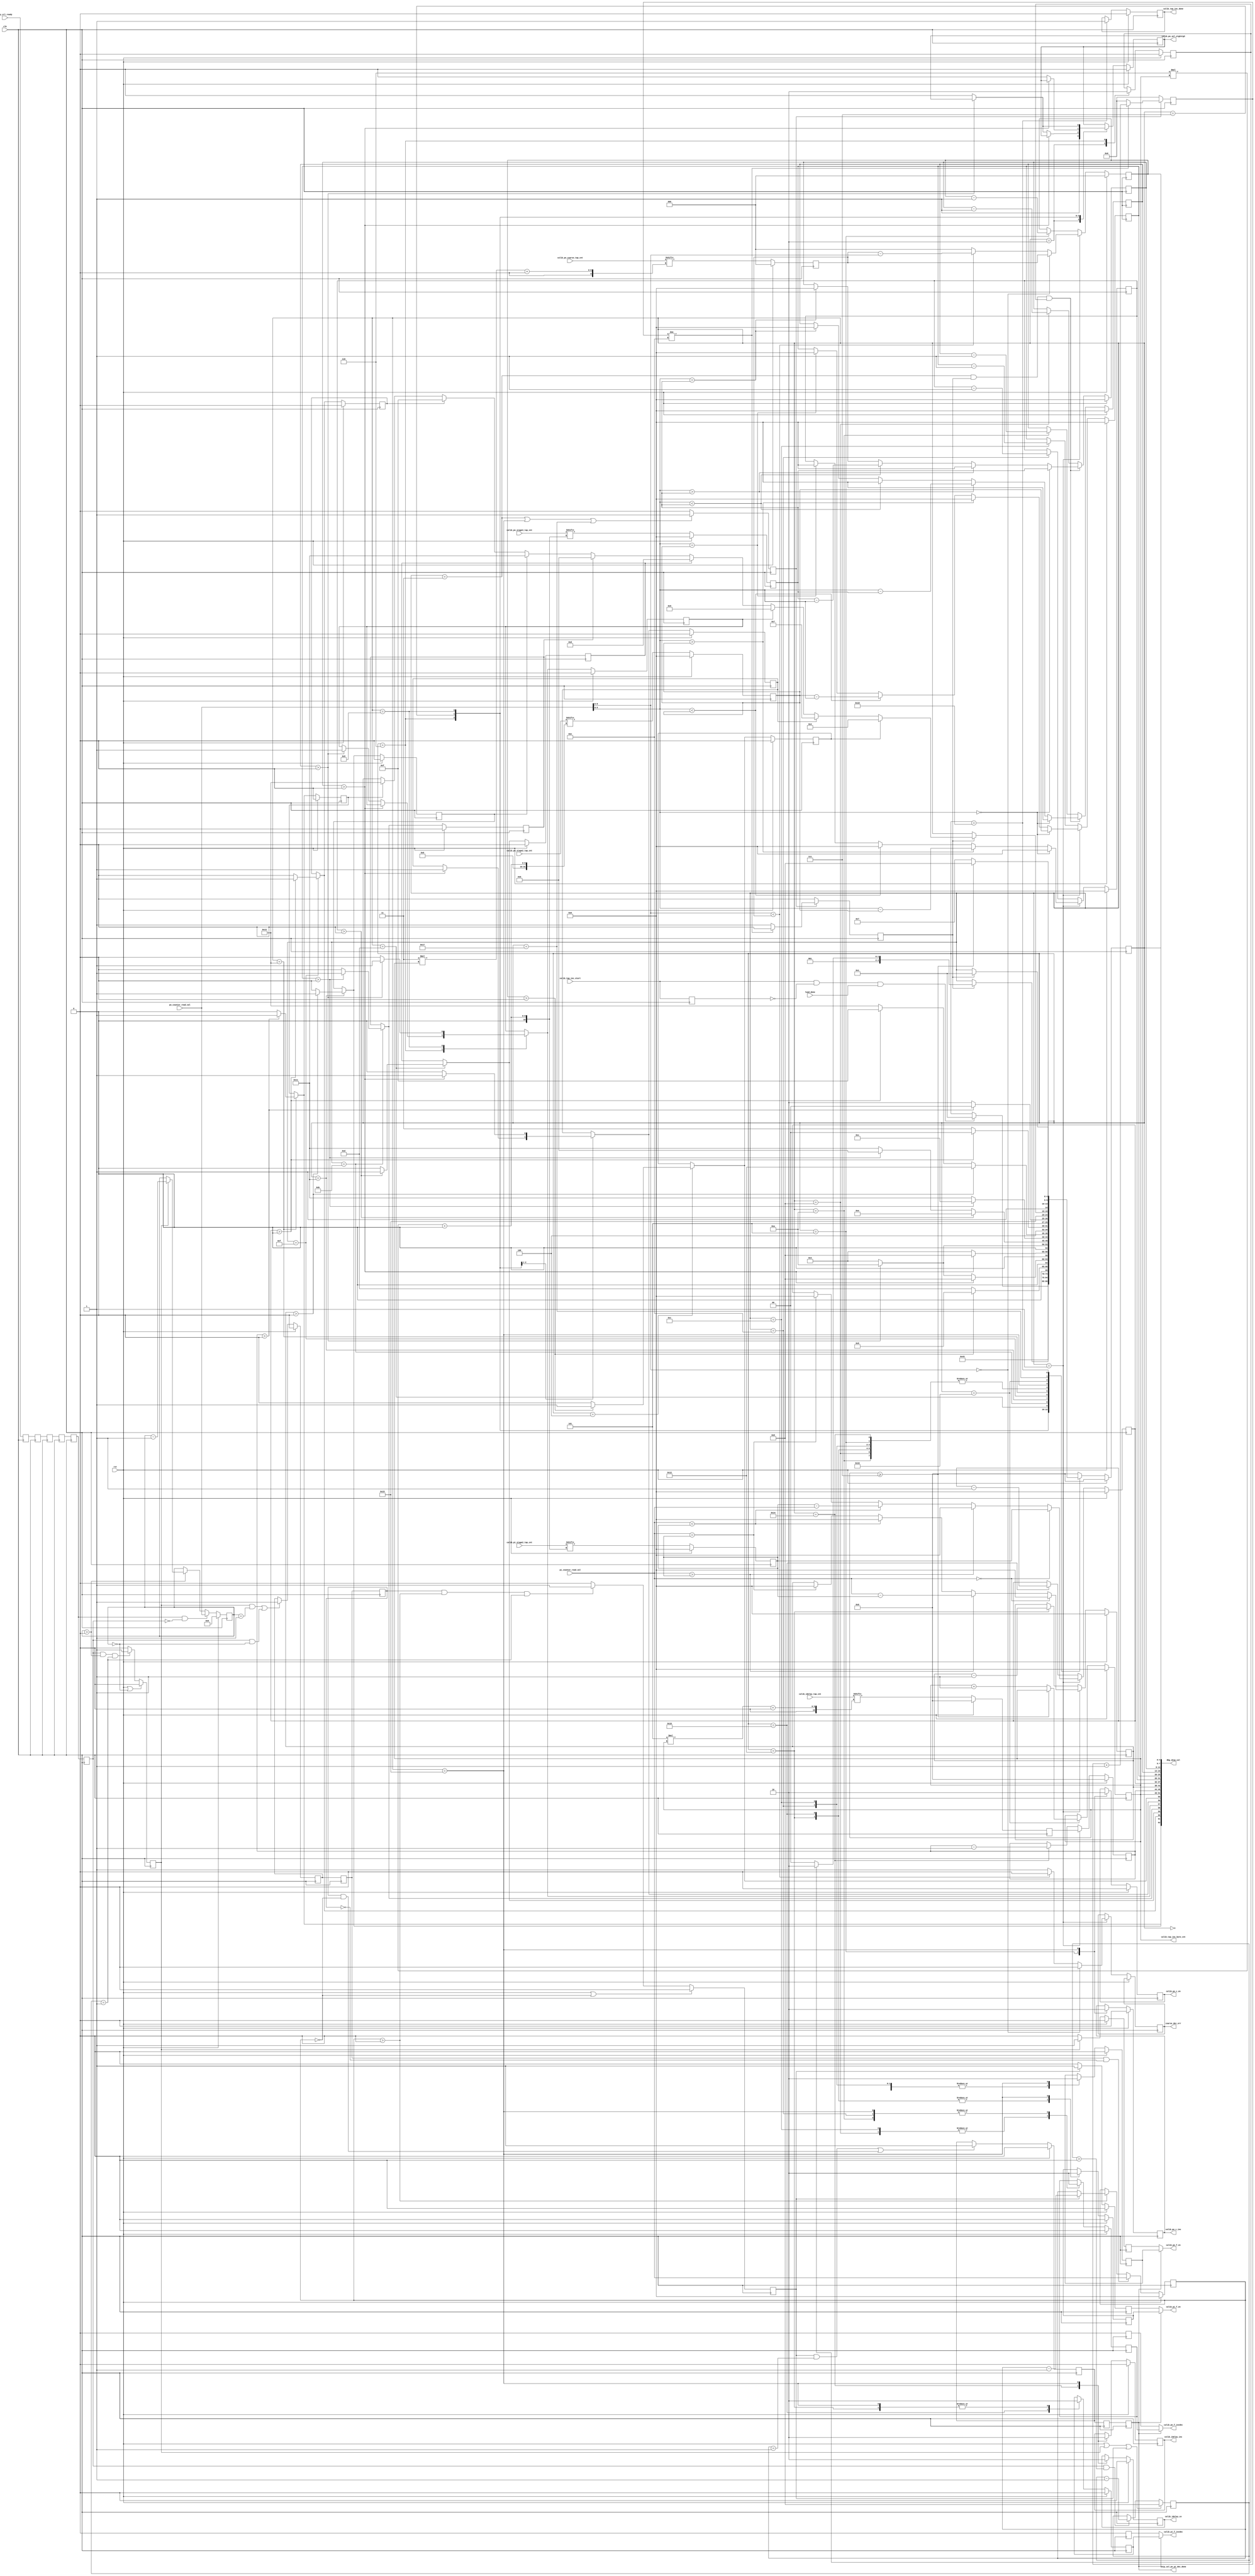
//*****************************************************************************
// (c) Copyright 2009 - 2014 Xilinx, Inc. All rights reserved.
//
// This file contains confidential and proprietary information
// of Xilinx, Inc. and is protected under U.S. and
// international copyright and other intellectual property
// laws.
//
// DISCLAIMER
// This disclaimer is not a license and does not grant any
// rights to the materials distributed herewith. Except as
// otherwise provided in a valid license issued to you by
// Xilinx, and to the maximum extent permitted by applicable
// law: (1) THESE MATERIALS ARE MADE AVAILABLE "AS IS" AND
// WITH ALL FAULTS, AND XILINX HEREBY DISCLAIMS ALL WARRANTIES
// AND CONDITIONS, EXPRESS, IMPLIED, OR STATUTORY, INCLUDING
// BUT NOT LIMITED TO WARRANTIES OF MERCHANTABILITY, NON-
// INFRINGEMENT, OR FITNESS FOR ANY PARTICULAR PURPOSE; and
// (2) Xilinx shall not be liable (whether in contract or tort,
// including negligence, or under any other theory of
// liability) for any loss or damage of any kind or nature
// related to, arising under or in connection with these
// materials, including for any direct, or any indirect,
// special, incidental, or consequential loss or damage
// (including loss of data, profits, goodwill, or any type of
// loss or damage suffered as a result of any action brought
// by a third party) even if such damage or loss was
// reasonably foreseeable or Xilinx had been advised of the
// possibility of the same.
//
// CRITICAL APPLICATIONS
// Xilinx products are not designed or intended to be fail-
// safe, or for use in any application requiring fail-safe
// performance, such as life-support or safety devices or
// systems, Class III medical devices, nuclear facilities,
// applications related to the deployment of airbags, or any
// other applications that could lead to death, personal
// injury, or severe property or environmental damage
// (individually and collectively, "Critical
// Applications"). Customer assumes the sole risk and
// liability of any use of Xilinx products in Critical
// Applications, subject only to applicable laws and
// regulations governing limitations on product liability.
//
// THIS COPYRIGHT NOTICE AND DISCLAIMER MUST BE RETAINED AS
// PART OF THIS FILE AT ALL TIMES.
//
//*****************************************************************************
//   ____  ____
//  /   /\/   /
// /___/  \  /    Vendor: Xilinx
// \   \   \/     Version: %version
//  \   \         Application: MIG
//  /   /         Filename: ddr_skip_calib_tap.v
// /___/   /\     Date Last Modified: $Date: 2015/05/06 02:07:40 $
// \   \  /  \    Date Created: May 06 2015 
//  \___\/\___\
//
//Device: 7 Series
//Design Name: DDR3 SDRAM
//Purpose: Phaser_Out, Phaser_In, and IDELAY tap adjustments to match
//         calibration values when SKIP_CALIB=="TRUE"
//Reference:
//Revision History:
//*****************************************************************************

`timescale 1ps/1ps

module mig_7series_v4_2_ddr_skip_calib_tap #
  (
   parameter TCQ             = 100,    // clk->out delay (sim only)
   parameter DQS_WIDTH       = 8       // number of bytes
   )
  (
   input                        clk,
   input                        rst,
   input                        phy_ctl_ready,
   // Completed loading calib tap values into registers
   input                        load_done,
   // Tap adjustment status
   input                        calib_tap_inc_start,    
   output                       calib_tap_inc_done,
   // Calibration tap values
   input [6*DQS_WIDTH-1:0]      calib_po_stage2_tap_cnt,
   input [6*DQS_WIDTH-1:0]      calib_po_stage3_tap_cnt,
   input [3*DQS_WIDTH-1:0]      calib_po_coarse_tap_cnt,
   input [6*DQS_WIDTH-1:0]      calib_pi_stage2_tap_cnt,
   input [5*DQS_WIDTH-1:0]      calib_idelay_tap_cnt,
   // Phaser_Out and Phaser_In tap count
   input [8:0]                  po_counter_read_val,
   input [5:0]                  pi_counter_read_val,
	// Phaser_Out and Phaser_In tap inc/dec control signals
   output [5:0]                 calib_tap_inc_byte_cnt,
   output                       calib_po_f_en,
   output                       calib_po_f_incdec,
   output                       calib_po_sel_stg2stg3,
   output                       calib_po_c_en,
   output                       calib_po_c_inc,
   output                       calib_pi_f_en,
   output                       calib_pi_f_incdec,
   output                       calib_idelay_ce,
   output                       calib_idelay_inc,
   output                       skip_cal_po_pi_dec_done,
   output reg                   coarse_dec_err,
   output [127:0]               dbg_skip_cal
   );
   
  //***************************************************************************
  // Decrement initial Phaser_OUT fine delay value before proceeding with
  // calibration
  //***************************************************************************


  reg phy_ctl_ready_r1, phy_ctl_ready_r2, phy_ctl_ready_r3, phy_ctl_ready_r4, phy_ctl_ready_r5, phy_ctl_ready_r6;
  reg po_cnt_dec;
  reg [3:0]   dec_wait_cnt;
  reg [8:0]   po_rdval_cnt;
  reg         po_dec_done;
  reg         dec_po_f_en_r;
  reg         dec_po_f_incdec_r;
  reg        dqs_po_dec_done_r1, dqs_po_dec_done_r2;
  reg        fine_dly_dec_done_r1, fine_dly_dec_done_r2, fine_dly_dec_done_r3;
  reg [5:0]  pi_rdval_cnt;
  reg        pi_cnt_dec;
  reg        dec_pi_f_en_r;
  reg        dec_pi_f_incdec_r;
  
  always @(posedge clk) begin
          phy_ctl_ready_r1  <= #TCQ phy_ctl_ready;
          phy_ctl_ready_r2  <= #TCQ phy_ctl_ready_r1;
          phy_ctl_ready_r3  <= #TCQ phy_ctl_ready_r2;
          phy_ctl_ready_r4  <= #TCQ phy_ctl_ready_r3;
          phy_ctl_ready_r5  <= #TCQ phy_ctl_ready_r4;
          phy_ctl_ready_r6  <= #TCQ phy_ctl_ready_r5;
  end

  always @(posedge clk) begin
     if (rst || po_cnt_dec || pi_cnt_dec)
       dec_wait_cnt <= #TCQ 'd8;
     else if (phy_ctl_ready_r6 && (dec_wait_cnt > 'd0))
       dec_wait_cnt <= #TCQ dec_wait_cnt - 1;
   end
   
   always @(posedge clk) begin
     if (rst) begin
       po_rdval_cnt    <= #TCQ 'd0;
     end else if (phy_ctl_ready_r5 && ~phy_ctl_ready_r6) begin
       po_rdval_cnt    <= #TCQ po_counter_read_val;
     end else if (po_rdval_cnt > 'd0) begin
       if (po_cnt_dec)
         po_rdval_cnt  <= #TCQ po_rdval_cnt - 1;
       else            
         po_rdval_cnt  <= #TCQ po_rdval_cnt;
     end else if (po_rdval_cnt == 'd0) begin
       po_rdval_cnt    <= #TCQ po_rdval_cnt;
     end
   end

   always @(posedge clk) begin
     if (rst || (po_rdval_cnt == 'd0))
       po_cnt_dec      <= #TCQ 1'b0;
     else if (phy_ctl_ready_r6 && (po_rdval_cnt > 'd0) && (dec_wait_cnt == 'd1))
       po_cnt_dec      <= #TCQ 1'b1;
     else
       po_cnt_dec      <= #TCQ 1'b0;
   end
   
   // Inc/Dec Phaser_Out stage 2 fine delay line
   always @(posedge clk) begin
     if (rst) begin
       dec_po_f_incdec_r <= #TCQ 1'b0;
       dec_po_f_en_r     <= #TCQ 1'b0;
     end else if (po_cnt_dec) begin
       dec_po_f_incdec_r <= #TCQ 1'b0;
       dec_po_f_en_r     <= #TCQ 1'b1;
     end else begin
	   dec_po_f_incdec_r <= #TCQ 1'b0;
       dec_po_f_en_r     <= #TCQ 1'b0;
	 end
   end
   
   always @(posedge clk) begin
     if (rst)
       po_dec_done <= #TCQ 1'b0;
     else if (((po_cnt_dec == 'd1) && (po_rdval_cnt == 'd1)) || 
              (phy_ctl_ready_r6 && (po_rdval_cnt == 'd0))) begin
       po_dec_done <= #TCQ 1'b1;
     end
   end

  //***************************************************************************
  // Decrement initial Phaser_IN fine delay value before proceeding with
  // calibration
  //***************************************************************************
  
     always @(posedge clk) begin
       dqs_po_dec_done_r1   <= #TCQ po_dec_done;
       dqs_po_dec_done_r2   <= #TCQ dqs_po_dec_done_r1;
       fine_dly_dec_done_r2 <= #TCQ fine_dly_dec_done_r1;
       fine_dly_dec_done_r3 <= #TCQ fine_dly_dec_done_r2;
     end
	 
     always @(posedge clk) begin
     if (rst) begin
       pi_rdval_cnt    <= #TCQ 'd0;
     end else if (dqs_po_dec_done_r1 && ~dqs_po_dec_done_r2) begin
       pi_rdval_cnt    <= #TCQ pi_counter_read_val;
     end else if (pi_rdval_cnt > 'd0) begin
       if (pi_cnt_dec)
         pi_rdval_cnt  <= #TCQ pi_rdval_cnt - 1;
       else            
         pi_rdval_cnt  <= #TCQ pi_rdval_cnt;
     end else if (pi_rdval_cnt == 'd0) begin
       pi_rdval_cnt    <= #TCQ pi_rdval_cnt;
     end
   end

   always @(posedge clk) begin
     if (rst || (pi_rdval_cnt == 'd0))
       pi_cnt_dec      <= #TCQ 1'b0;
     else if (dqs_po_dec_done_r2 && (pi_rdval_cnt > 'd0)
               	  && (dec_wait_cnt == 'd1))
       pi_cnt_dec      <= #TCQ 1'b1;
     else
       pi_cnt_dec      <= #TCQ 1'b0;
   end
   
   // Inc/Dec Phaser_In stage 2 fine delay line
   always @(posedge clk) begin
     if (rst) begin
       dec_pi_f_incdec_r <= #TCQ 1'b0;
       dec_pi_f_en_r     <= #TCQ 1'b0;
     end else if (pi_cnt_dec) begin
       dec_pi_f_incdec_r <= #TCQ 1'b0;
       dec_pi_f_en_r     <= #TCQ 1'b1;
     end else begin
	   dec_pi_f_incdec_r <= #TCQ 1'b0;
       dec_pi_f_en_r     <= #TCQ 1'b0;
	 end
   end
   
   always @(posedge clk) begin
     if (rst) begin
       fine_dly_dec_done_r1 <= #TCQ 1'b0;
     end else if (((pi_cnt_dec == 'd1) && (pi_rdval_cnt == 'd1)) ||
                  (dqs_po_dec_done_r2 && (pi_rdval_cnt == 'd0))) begin
       fine_dly_dec_done_r1 <= #TCQ 1'b1;
     end
   end
   
  assign skip_cal_po_pi_dec_done = fine_dly_dec_done_r3;

//*************************end Phaser_Out and Phaser_In decrement to zero*******
   
   
   
  localparam WAIT_CNT = 15;

  // State Machine  
  localparam [4:0] IDLE                      = 5'h00;
  localparam [4:0] READ_PO_PI_COUNTER_VAL    = 5'h01;
  localparam [4:0] CALC_INC_DEC_CNT_VAL      = 5'h02;
  localparam [4:0] WAIT_STG3_SEL             = 5'h03;
  localparam [4:0] PO_COARSE_CNT_CHECK       = 5'h04;
  localparam [4:0] PO_COARSE_INC             = 5'h05;
  localparam [4:0] PO_STG3_SEL               = 5'h06;
  localparam [4:0] PO_STG3_INC_CNT_CHECK     = 5'h07;
  localparam [4:0] PO_STG3_INC               = 5'h08;
  localparam [4:0] PO_STG3_DEC_CNT_CHECK     = 5'h09;
  localparam [4:0] PO_STG3_DEC               = 5'h0A;
  localparam [4:0] PO_STG2_INC_CNT_CHECK     = 5'h0B;
  localparam [4:0] PO_STG2_INC               = 5'h0C;
  localparam [4:0] PO_STG2_DEC_CNT_CHECK     = 5'h0D;
  localparam [4:0] PO_STG2_DEC               = 5'h0E;
  localparam [4:0] PI_STG2_INC_CNT_CHECK     = 5'h0F;
  localparam [4:0] PI_STG2_INC               = 5'h10;
  localparam [4:0] PI_STG2_DEC_CNT_CHECK     = 5'h11;
  localparam [4:0] PI_STG2_DEC               = 5'h12;
  localparam [4:0] IDELAY_CNT_CHECK          = 5'h13;
  localparam [4:0] IDELAY_TAP_INC            = 5'h14;
  localparam [4:0] WAIT_TAP_INC_DEC          = 5'h15;
  localparam [4:0] NEXT_BYTE                 = 5'h16;
  localparam [4:0] WAIT_PO_PI_COUNTER_VAL    = 5'h17;
  localparam [4:0] PO_PI_TAP_ADJ_DONE        = 5'h18;
  
  
  reg                   calib_tap_inc_start_r;
  reg [4:0]             skip_state_r;
  reg                   wait_cnt_en_r;
  reg                   wait_cnt_done;
  reg [3:0]             wait_cnt_r;
  reg                   po_sel_stg23_r;
  reg                   po_f_en_r;
  reg                   po_f_incdec_r;
  reg                   po_c_en_r;
  reg                   po_c_inc_r;
  reg                   pi_f_en_r;
  reg                   pi_f_incdec_r;
  reg                   idelay_ce_r;
  reg                   idelay_inc_r;
  reg [2:0]             po_c_inc_cnt;
  reg [5:0]             po_stg3_inc_cnt;
  reg [5:0]             po_stg3_dec_cnt;
  reg [5:0]             po_stg2_inc_cnt;
  reg [5:0]             po_stg2_dec_cnt;
  reg [5:0]             pi_stg2_inc_cnt;
  reg [5:0]             pi_stg2_dec_cnt;
  reg [4:0]             idelay_inc_cnt;
  reg                   po_stg3_cnt_load_r;
  reg                   po_c_inc_active_r;
  reg                   po_stg3_inc_active_r;
  reg                   po_stg3_dec_active_r;
  reg                   po_stg2_inc_active_r;
  reg                   po_stg2_dec_active_r;
  reg                   pi_stg2_inc_active_r;
  reg                   pi_stg2_dec_active_r;
  reg                   idelay_inc_active_r;
  reg [5:0]             byte_cnt_r;
  reg                   tap_adj_done_r;
  reg [2:0]             calib_byte_po_c_cnt;
  reg [5:0]             calib_byte_po_stg2_cnt;
  reg [5:0]             calib_byte_po_stg3_cnt;
  reg [5:0]             calib_byte_pi_stg2_cnt;
  reg [4:0]             calib_byte_idelay_cnt;
  
  reg [4:0]             skip_next_state;
  reg [5:0]             byte_cnt;
  reg                   tap_adj_done;
  reg                   po_sel_stg23;
  reg                   po_f_en;
  reg                   po_f_incdec;
  reg                   po_c_en;
  reg                   po_c_inc;
  reg                   pi_f_en;
  reg                   pi_f_incdec;
  reg                   idelay_ce;
  reg                   idelay_inc;
  reg                   po_stg3_cnt_load;
  reg                   po_c_inc_active;
  reg                   po_stg3_inc_active;
  reg                   po_stg3_dec_active;
  reg                   po_stg2_inc_active;
  reg                   po_stg2_dec_active;
  reg                   pi_stg2_inc_active;
  reg                   pi_stg2_dec_active;
  reg                   idelay_inc_active;
  

  
// Output assignments
  assign calib_tap_inc_byte_cnt = byte_cnt_r;
  assign calib_po_f_en          = fine_dly_dec_done_r3 ? po_f_en_r : dec_po_f_en_r;
  assign calib_po_f_incdec      = fine_dly_dec_done_r3 ? po_f_incdec_r : dec_po_f_incdec_r;
  assign calib_po_sel_stg2stg3  = po_sel_stg23_r;
  assign calib_po_c_en          = po_c_en_r;
  assign calib_po_c_inc         = po_c_inc_r;
  assign calib_pi_f_en          = fine_dly_dec_done_r3 ? pi_f_en_r : dec_pi_f_en_r;
  assign calib_pi_f_incdec      = fine_dly_dec_done_r3 ? pi_f_incdec_r : dec_pi_f_incdec_r;
  assign calib_idelay_ce        = idelay_ce_r;
  assign calib_idelay_inc       = idelay_inc_r;
  assign calib_tap_inc_done     = tap_adj_done_r;
  
// Register input calib_tap_inc_start
  always @(posedge clk)
    calib_tap_inc_start_r <= #TCQ calib_tap_inc_start;

  
/**************************Wait Counter Start*********************************/
// Wait counter enable for wait states WAIT_STG3_SEL, WAIT_TAP_INC_DEC, and
// WAIT_PO_PI_COUNTER_VAL  
  always @(posedge clk) begin
    if ((skip_state_r == WAIT_STG3_SEL) ||
        (skip_state_r == WAIT_TAP_INC_DEC) ||
		(skip_state_r == WAIT_PO_PI_COUNTER_VAL))
      wait_cnt_en_r <= #TCQ 1'b1;
    else
      wait_cnt_en_r <= #TCQ 1'b0;
  end

// Wait counter enable for wait states WAIT_STG3_SEL, WAIT_TAP_INC_DEC, and
// WAIT_PO_PI_COUNTER_VAL  
  always @(posedge clk) begin
    if (!wait_cnt_en_r) begin
      wait_cnt_r      <= #TCQ 'b0;
      wait_cnt_done   <= #TCQ 1'b0;
    end else begin
      if (wait_cnt_r != WAIT_CNT - 1) begin
        wait_cnt_r     <= #TCQ wait_cnt_r + 1;
        wait_cnt_done  <= #TCQ 1'b0;
      end else begin
        wait_cnt_r     <= #TCQ 'b0;        
        wait_cnt_done  <= #TCQ 1'b1;
      end
    end
  end
/**************************Wait Counter End***********************************/

// Calibration tap values for current byte being adjusted 
  always @(posedge clk) begin
    if (rst) begin
	  calib_byte_po_c_cnt    <= #TCQ 'd0;
	  calib_byte_po_stg2_cnt <= #TCQ 'd0;
	  calib_byte_po_stg3_cnt <= #TCQ 'd0;
	  calib_byte_pi_stg2_cnt <= #TCQ 'd0;
	  calib_byte_idelay_cnt  <= #TCQ 'd0;
	end else begin
	  calib_byte_po_c_cnt    <= #TCQ calib_po_coarse_tap_cnt[3*byte_cnt_r+:3];
	  calib_byte_po_stg2_cnt <= #TCQ calib_po_stage2_tap_cnt[6*byte_cnt_r+:6];
	  calib_byte_po_stg3_cnt <= #TCQ calib_po_stage3_tap_cnt[6*byte_cnt_r+:6];
	  calib_byte_pi_stg2_cnt <= #TCQ calib_pi_stage2_tap_cnt[6*byte_cnt_r+:6];
	  calib_byte_idelay_cnt  <= #TCQ calib_idelay_tap_cnt[5*byte_cnt_r+:5];
	end
  end

// Phaser_Out, Phaser_In, and IDELAY inc/dec counters  
  always @(posedge clk) begin
    if (rst) begin
	  po_c_inc_cnt    <= #TCQ 'd0;
	  po_stg2_inc_cnt <= #TCQ 'd0;
	  po_stg2_dec_cnt <= #TCQ 'd0;
	  pi_stg2_inc_cnt <= #TCQ 'd0;
	  pi_stg2_dec_cnt <= #TCQ 'd0;
	  idelay_inc_cnt  <= #TCQ 'd0;
	end else if (skip_state_r == READ_PO_PI_COUNTER_VAL) begin
	  // IDELAY tap count setting
	  idelay_inc_cnt  <= #TCQ calib_byte_idelay_cnt;
      // Phaser_Out coarse tap setting	
	  if (po_counter_read_val[8:6] == 'd0) begin
	    coarse_dec_err <= #TCQ 1'b0;
	    po_c_inc_cnt   <= #TCQ calib_byte_po_c_cnt;
	  end else if (po_counter_read_val[8:6] < calib_byte_po_c_cnt) begin
	    coarse_dec_err <= #TCQ 1'b0;
	    po_c_inc_cnt   <= #TCQ calib_byte_po_c_cnt - po_counter_read_val[8:6];
	  end else begin
	    // Phaser_Out coarse taps cannot be decremented
	    coarse_dec_err <= #TCQ 1'b1;
	    po_c_inc_cnt   <= #TCQ 'd0;		
	  end
	  // Phaser_Out stage2 tap count setting when po_sel_stg23_r=0
	  if (po_counter_read_val[5:0] == 'd0) begin
	    po_stg2_inc_cnt <= #TCQ calib_byte_po_stg2_cnt;
		po_stg2_dec_cnt <= #TCQ 'd0;
	  end else if (po_counter_read_val[5:0] > calib_byte_po_stg2_cnt) begin
	    po_stg2_inc_cnt <= #TCQ 'd0;
		po_stg2_dec_cnt <= #TCQ po_counter_read_val[5:0] - calib_byte_po_stg2_cnt;
	  end else if (po_counter_read_val[5:0] < calib_byte_po_stg2_cnt) begin
	    po_stg2_inc_cnt <= #TCQ calib_byte_po_stg2_cnt - po_counter_read_val[5:0];
		po_stg2_dec_cnt <= #TCQ 'd0;
	  end else if (po_counter_read_val[5:0] == calib_byte_po_stg2_cnt) begin
	    po_stg2_inc_cnt <= #TCQ 'd0;
	    po_stg2_dec_cnt <= #TCQ 'd0;
	  end
	  //Phaser_In stgae2 tap count setting
	  if (pi_counter_read_val == 'd0) begin
	    pi_stg2_inc_cnt <= #TCQ calib_byte_pi_stg2_cnt;
	    pi_stg2_dec_cnt <= #TCQ 'd0;
	  end else if (pi_counter_read_val > calib_byte_pi_stg2_cnt) begin
	    pi_stg2_inc_cnt <= #TCQ 'd0;
	    pi_stg2_dec_cnt <= #TCQ pi_counter_read_val - calib_byte_pi_stg2_cnt;
	  end else if (pi_counter_read_val < calib_byte_pi_stg2_cnt) begin
	    pi_stg2_inc_cnt <= #TCQ calib_byte_pi_stg2_cnt - pi_counter_read_val;
		pi_stg2_dec_cnt <= #TCQ 'd0;
	  end else if (pi_counter_read_val == calib_byte_pi_stg2_cnt) begin
	    pi_stg2_inc_cnt <= #TCQ 'd0;
		pi_stg2_dec_cnt <= #TCQ 'd0;
	  end
	end else begin
	  if (skip_state_r == IDELAY_TAP_INC)
	    idelay_inc_cnt <= #TCQ idelay_inc_cnt - 1;
	  if (skip_state_r == PO_COARSE_INC)
	    po_c_inc_cnt <= #TCQ po_c_inc_cnt - 1;
	  if (skip_state_r == PO_STG2_INC)
	    po_stg2_inc_cnt <= #TCQ po_stg2_inc_cnt - 1;
	  if (skip_state_r == PO_STG2_DEC)
	    po_stg2_dec_cnt <= #TCQ po_stg2_dec_cnt - 1;
	  if (skip_state_r == PI_STG2_INC)
	    pi_stg2_inc_cnt <= #TCQ pi_stg2_inc_cnt - 1;
	  if (skip_state_r == PI_STG2_DEC)
	    pi_stg2_dec_cnt <= #TCQ pi_stg2_dec_cnt - 1;
	end
  end
  
  // Phaser_Out stage 3 tap count setting when po_sel_stg23_r=1
  always @(posedge clk) begin
    if (rst) begin
	  po_stg3_inc_cnt <= #TCQ 'd0;
	  po_stg3_dec_cnt <= #TCQ 'd0;
	end else if ((skip_state_r == WAIT_STG3_SEL) && wait_cnt_done && po_stg3_cnt_load_r) begin
	  if (po_counter_read_val[5:0] == 'd0) begin
	    po_stg3_inc_cnt <= #TCQ calib_byte_po_stg3_cnt;
		po_stg3_dec_cnt <= #TCQ 'd0;
	  end else if (po_counter_read_val[5:0] > calib_byte_po_stg3_cnt) begin
	    po_stg3_inc_cnt <= #TCQ 'd0;
		po_stg3_dec_cnt <= #TCQ po_counter_read_val[5:0] - calib_byte_po_stg3_cnt;
	  end else if (po_counter_read_val[5:0] < calib_byte_po_stg3_cnt) begin
	    po_stg3_inc_cnt <= #TCQ calib_byte_po_stg3_cnt - po_counter_read_val[5:0];
		po_stg3_dec_cnt <= #TCQ 'd0;
	  end else if (po_counter_read_val[5:0] == calib_byte_po_stg3_cnt) begin
	    po_stg3_inc_cnt <= #TCQ 'd0;
	    po_stg3_dec_cnt <= #TCQ 'd0;
	  end
	end else begin 
	  if (skip_state_r == PO_STG3_INC)
	    po_stg3_inc_cnt <= #TCQ po_stg3_inc_cnt - 1;
	  if (skip_state_r == PO_STG3_DEC)
	    po_stg3_dec_cnt <= #TCQ po_stg3_dec_cnt - 1;
	end
  end
	  
  always @(posedge clk) begin
    if (rst) begin
	  skip_state_r         <= #TCQ IDLE;
	  byte_cnt_r           <= #TCQ 'd0;
	  tap_adj_done_r       <= #TCQ 1'b0;
	  po_sel_stg23_r       <= #TCQ 1'b0;
	  po_f_en_r            <= #TCQ 1'b0;
	  po_f_incdec_r        <= #TCQ 1'b0;
	  po_c_en_r            <= #TCQ 1'b0;
	  po_c_inc_r           <= #TCQ 1'b0;
	  pi_f_en_r            <= #TCQ 1'b0;
	  pi_f_incdec_r        <= #TCQ 1'b0;
	  idelay_ce_r          <= #TCQ 1'b0;
	  idelay_inc_r         <= #TCQ 1'b0;
	  po_stg3_cnt_load_r   <= #TCQ 1'b0;
	  po_c_inc_active_r    <= #TCQ 1'b0;
	  po_stg3_inc_active_r <= #TCQ 1'b0;
	  po_stg3_dec_active_r <= #TCQ 1'b0;
	  po_stg2_inc_active_r <= #TCQ 1'b0;
	  po_stg2_dec_active_r <= #TCQ 1'b0;
	  pi_stg2_inc_active_r <= #TCQ 1'b0;
	  pi_stg2_dec_active_r <= #TCQ 1'b0;
	  idelay_inc_active_r  <= #TCQ 1'b0;
	end else begin
	  skip_state_r         <= #TCQ skip_next_state;
	  byte_cnt_r           <= #TCQ byte_cnt;
	  tap_adj_done_r       <= #TCQ tap_adj_done;
	  po_sel_stg23_r       <= #TCQ po_sel_stg23;
	  po_f_en_r            <= #TCQ po_f_en;
	  po_f_incdec_r        <= #TCQ po_f_incdec;
	  po_c_en_r            <= #TCQ po_c_en;
	  po_c_inc_r           <= #TCQ po_c_inc;
	  pi_f_en_r            <= #TCQ pi_f_en;
	  pi_f_incdec_r        <= #TCQ pi_f_incdec;
	  idelay_ce_r          <= #TCQ idelay_ce;
	  idelay_inc_r         <= #TCQ idelay_inc;
	  po_stg3_cnt_load_r   <= #TCQ po_stg3_cnt_load;
	  po_c_inc_active_r    <= #TCQ po_c_inc_active;
	  po_stg3_inc_active_r <= #TCQ po_stg3_inc_active;
	  po_stg3_dec_active_r <= #TCQ po_stg3_dec_active;
	  po_stg2_inc_active_r <= #TCQ po_stg2_inc_active;
	  po_stg2_dec_active_r <= #TCQ po_stg2_dec_active;
	  pi_stg2_inc_active_r <= #TCQ pi_stg2_inc_active;
	  pi_stg2_dec_active_r <= #TCQ pi_stg2_dec_active;
	  idelay_inc_active_r  <= #TCQ idelay_inc_active;
	end
  end

// State Machine
  always @(*) begin
	  skip_next_state    = skip_state_r;
	  byte_cnt           = byte_cnt_r;
	  tap_adj_done       = tap_adj_done_r;
	  po_sel_stg23       = po_sel_stg23_r;
	  po_f_en            = po_f_en_r;
	  po_f_incdec        = po_f_incdec_r;
	  po_c_en            = po_c_en_r;
	  po_c_inc           = po_c_inc_r;
	  pi_f_en            = pi_f_en_r;
	  pi_f_incdec        = pi_f_incdec_r;
	  idelay_ce          = idelay_ce_r;
	  idelay_inc         = idelay_inc_r;
	  po_stg3_cnt_load   = po_stg3_cnt_load_r;
	  po_c_inc_active    = po_c_inc_active_r;
	  po_stg3_inc_active = po_stg3_inc_active_r;
	  po_stg3_dec_active = po_stg3_dec_active_r;
	  po_stg2_inc_active = po_stg2_inc_active_r;
	  po_stg2_dec_active = po_stg2_dec_active_r;
	  pi_stg2_inc_active = pi_stg2_inc_active_r;
	  pi_stg2_dec_active = pi_stg2_dec_active_r;
	  idelay_inc_active  = idelay_inc_active_r;

	
	  case(skip_state_r)
	    IDLE: begin
		  // Begin tap adjustment on the rising edge of calib_tap_inc_start
		  // This logic assumes that load_done is asserted before calib_tap_inc_start
		  // If this is not the case this logic will have to change
	      if (calib_tap_inc_start && ~calib_tap_inc_start_r && load_done) begin
                skip_next_state = READ_PO_PI_COUNTER_VAL;
	      end
	    end
		
		READ_PO_PI_COUNTER_VAL: begin
		  skip_next_state = CALC_INC_DEC_CNT_VAL;
		end
		
		CALC_INC_DEC_CNT_VAL: begin
		  skip_next_state = WAIT_STG3_SEL;
		  po_sel_stg23     = 1'b1;
		  po_stg3_cnt_load = 1'b1;
		end
		
		WAIT_STG3_SEL: begin
		  if (wait_cnt_done) begin
		    if (po_stg3_cnt_load)
			  skip_next_state = PO_STG3_SEL;
			else
			  skip_next_state = PO_COARSE_CNT_CHECK;
		  end
		end
		
		PO_COARSE_CNT_CHECK: begin
		  if (po_c_inc_cnt > 'd0) begin
		    po_c_inc_active = 1'b1;
			skip_next_state = PO_COARSE_INC;
		  end else begin
		    po_c_inc_active = 1'b0;
			skip_next_state = PO_STG2_DEC_CNT_CHECK;
		  end
		end
		
		PO_COARSE_INC: begin
		  po_c_en  = 1'b1;
		  po_c_inc = 1'b1;
		  skip_next_state = WAIT_TAP_INC_DEC;
		end
		
		PO_STG3_SEL: begin
		  po_stg3_cnt_load = 1'b0;
		  if (po_stg3_inc_cnt > 'd0) begin
		    po_stg3_inc_active = 1'b1;
			skip_next_state    = PO_STG3_INC;
	      end else if (po_stg3_dec_cnt > 'd0) begin
		    po_stg3_dec_active = 1'b1;
			skip_next_state    = PO_STG3_DEC;
		  end else begin
		    po_sel_stg23       = 1'b0;
		    skip_next_state    = WAIT_STG3_SEL;
			
		  end
		end
		
		PO_STG3_INC_CNT_CHECK: begin
		  if (po_stg3_inc_cnt > 'd0) begin
		    po_stg3_inc_active = 1'b1;
			skip_next_state    = PO_STG3_INC;
		  end else begin
		    po_stg3_inc_active = 1'b0;
			po_sel_stg23       = 1'b0;
			skip_next_state    = WAIT_STG3_SEL;
	      end
		end
		
		PO_STG3_INC: begin
		  po_f_en     = 1'b1;
		  po_f_incdec = 1'b1;
		  skip_next_state = WAIT_TAP_INC_DEC;
		end
		
		PO_STG3_DEC_CNT_CHECK: begin		  
		  if (po_stg3_dec_cnt > 'd0) begin
		    po_stg3_dec_active = 1'b1;
			skip_next_state    = PO_STG3_DEC;
		  end else begin
		    po_stg3_dec_active = 1'b0;
			po_sel_stg23       = 1'b0;
			skip_next_state    = WAIT_STG3_SEL;
		  end
		end
		
		PO_STG3_DEC: begin
		  po_f_en     = 1'b1;
		  po_f_incdec = 1'b0;
		  skip_next_state = WAIT_TAP_INC_DEC;
		end
		
		PO_STG2_DEC_CNT_CHECK: begin
		  if (po_stg2_dec_cnt > 'd0) begin
		    po_stg2_dec_active = 1'b1;
			skip_next_state    = PO_STG2_DEC;
		  end else if (po_stg2_inc_cnt > 'd0) begin
		    po_stg2_dec_active = 1'b0;
			skip_next_state    = PO_STG2_INC_CNT_CHECK;
		  end else begin
		    po_stg2_dec_active = 1'b0;
			skip_next_state    = PI_STG2_DEC_CNT_CHECK;
		  end
		end
		
		PO_STG2_DEC: begin
		  po_f_en     = 1'b1;
		  po_f_incdec = 1'b0;
		  skip_next_state = WAIT_TAP_INC_DEC;
		end
		
		PO_STG2_INC_CNT_CHECK: begin
		  if (po_stg2_inc_cnt > 'd0) begin
		    po_stg2_inc_active = 1'b1;
			skip_next_state    = PO_STG2_INC;
		  end else begin
		    po_stg2_inc_active = 1'b0;
			skip_next_state    = PI_STG2_DEC_CNT_CHECK;
		  end
		end
		
		PO_STG2_INC: begin
		  po_f_en     = 1'b1;
		  po_f_incdec = 1'b1;
		  skip_next_state = WAIT_TAP_INC_DEC;
		end
		
		PI_STG2_DEC_CNT_CHECK: begin
		  if (pi_stg2_dec_cnt > 'd0) begin
		    pi_stg2_dec_active = 1'b1;
			skip_next_state    = PI_STG2_DEC;
		  end else if (pi_stg2_inc_cnt > 'd0) begin
		    pi_stg2_dec_active = 1'b0;
			skip_next_state    = PI_STG2_INC_CNT_CHECK;
		  end else begin
		    pi_stg2_dec_active = 1'b0;
			skip_next_state    = IDELAY_CNT_CHECK;
		  end
		end
		
		PI_STG2_DEC: begin
		  pi_f_en     = 1'b1;
		  pi_f_incdec = 1'b0;
		  skip_next_state = WAIT_TAP_INC_DEC;
		end
		
		PI_STG2_INC_CNT_CHECK: begin
		  if (pi_stg2_inc_cnt > 'd0) begin
		    pi_stg2_inc_active = 1'b1;
			skip_next_state    = PI_STG2_INC;
		  end else begin
		    pi_stg2_inc_active = 1'b0;
			skip_next_state    = IDELAY_CNT_CHECK;
		  end
		end
		
		PI_STG2_INC: begin
		  pi_f_en     = 1'b1;
		  pi_f_incdec = 1'b1;
		  skip_next_state = WAIT_TAP_INC_DEC;
		end
		
		IDELAY_CNT_CHECK: begin
		  if (idelay_inc_cnt > 'd0) begin
		    idelay_inc_active = 1'b1;
			skip_next_state   = IDELAY_TAP_INC;
		  end else begin
		    idelay_inc_active = 1'b0;
			skip_next_state   = NEXT_BYTE;
		  end
		end
		
		IDELAY_TAP_INC: begin
		  idelay_ce  = 1'b1;
		  idelay_inc = 1'b1;
		  skip_next_state = WAIT_TAP_INC_DEC;
		end
		
		WAIT_TAP_INC_DEC: begin
		  po_c_en     = 1'b0;
		  po_c_inc    = 1'b0;
		  po_f_en     = 1'b0;
		  po_f_incdec = 1'b0;
		  pi_f_en     = 1'b0;
		  pi_f_incdec = 1'b0;
		  idelay_ce   = 1'b0;
		  idelay_inc  = 1'b0;
		  if (wait_cnt_done) begin
		    if (po_c_inc_active_r)
			  skip_next_state = PO_COARSE_CNT_CHECK;
			else if (po_stg3_inc_active_r)
			  skip_next_state = PO_STG3_INC_CNT_CHECK;
			else if (po_stg3_dec_active_r)
			  skip_next_state = PO_STG3_DEC_CNT_CHECK;
			else if (po_stg2_dec_active_r)
			  skip_next_state = PO_STG2_DEC_CNT_CHECK;
			else if (po_stg2_inc_active_r)
			  skip_next_state = PO_STG2_INC_CNT_CHECK;
			else if (pi_stg2_dec_active_r)
			  skip_next_state = PI_STG2_DEC_CNT_CHECK;
			else if (pi_stg2_inc_active_r)
			  skip_next_state = PI_STG2_INC_CNT_CHECK;
			else if (idelay_inc_active_r)
			  skip_next_state = IDELAY_CNT_CHECK;
		  end
		end
		
		NEXT_BYTE: begin
		  if (byte_cnt_r >= DQS_WIDTH-1) begin
		    skip_next_state = PO_PI_TAP_ADJ_DONE;
		  end else begin
		    byte_cnt = byte_cnt + 1;
			skip_next_state = WAIT_PO_PI_COUNTER_VAL;
		  end
		end
		
		WAIT_PO_PI_COUNTER_VAL: begin
		  if (wait_cnt_done)
		    skip_next_state = READ_PO_PI_COUNTER_VAL;
		end
		
		PO_PI_TAP_ADJ_DONE: begin
		  tap_adj_done    = 1'b1;
		end
		
		default: begin
	      skip_next_state = IDLE;
	    end
		
	  endcase
  end		

  //Debug
  assign dbg_skip_cal[4:0]   = skip_state_r;
  assign dbg_skip_cal[7:5]   = po_c_inc_cnt;
  assign dbg_skip_cal[13:8]  = po_stg3_inc_cnt;
  assign dbg_skip_cal[19:14] = po_stg3_dec_cnt;
  assign dbg_skip_cal[25:20] = po_stg2_inc_cnt;
  assign dbg_skip_cal[31:26] = po_stg2_dec_cnt;
  assign dbg_skip_cal[37:32] = pi_stg2_inc_cnt;
  assign dbg_skip_cal[43:38] = pi_stg2_dec_cnt;
  assign dbg_skip_cal[48:44] = idelay_inc_cnt;
  assign dbg_skip_cal[54:49] = byte_cnt_r;
  assign dbg_skip_cal[55]    = po_c_inc_active;
  assign dbg_skip_cal[56]    = po_stg3_inc_active;
  assign dbg_skip_cal[57]    = po_stg3_dec_active;
  assign dbg_skip_cal[58]    = po_stg2_inc_active;
  assign dbg_skip_cal[59]    = po_stg2_dec_active;
  assign dbg_skip_cal[60]    = pi_stg2_inc_active;
  assign dbg_skip_cal[61]    = pi_stg2_dec_active;
  assign dbg_skip_cal[62]    = idelay_inc_active;
  
endmodule